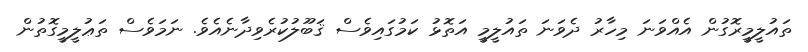
ތައުލީމީރޮގުން އެއްވަނަ މިހާރު ދެވަނަ ތައުލީމީ އަތޮޅު ކަމުގައިވެސް ޤަބޫލުކުރެވިދާނެއެވެ. ނަމަވެސް ތަޢުލީމީގޮތުން